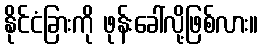
နိုင်ငံခြားကို ဖုန်းခေါ်လို့ဖြစ်လား။